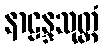
နာဠန္ဒသုတ္တံ